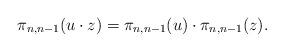
LaTeX: \begin{align*}\pi_{n,n-1}(u\cdot z) = \pi_{n,n-1}(u)\cdot \pi_{n,n-1}(z).\end{align*}